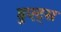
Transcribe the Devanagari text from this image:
डुएट्स